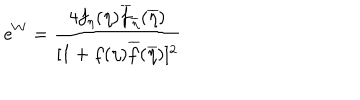
e ^ { W } = { \frac { 4 f _ { \eta } ( \eta ) \overline { { { f } } } _ { \overline { { { \eta } } } } ( \overline { { { \eta } } } ) } { [ 1 + f ( \eta ) \overline { { { f } } } ( \overline { { { \eta } } } ) ] ^ { 2 } } }